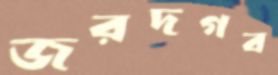
জরদগব